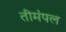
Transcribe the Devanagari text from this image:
तीमंपल